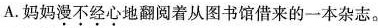
A.妈妈漫不经心地翻阅着从图书馆借来的一本杂志。